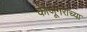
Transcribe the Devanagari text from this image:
काजूगरांच्या